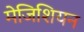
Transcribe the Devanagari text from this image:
मेजिशियन